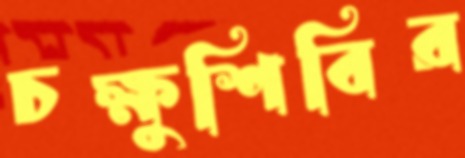
চক্ষুশিবির